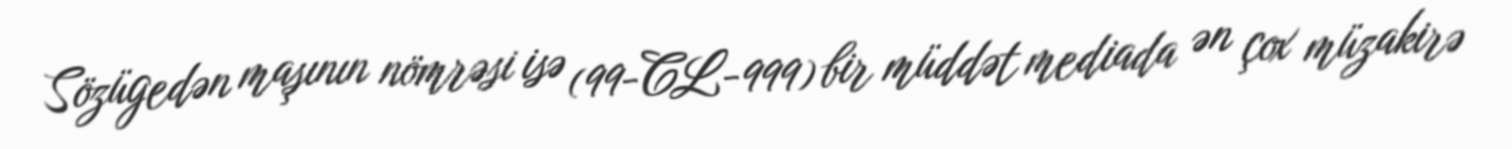
Sözügedən maşının nömrəsi isə (99-CL-999) bir müddət mediada ən çox müzakirə